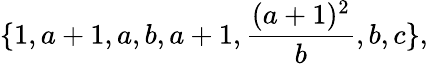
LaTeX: \{ 1,a+1,a,b,a+1,\frac{(a+1)^{2}}{b},b,c\} ,